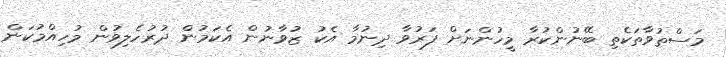
މަސްތުވާތަކެތި ބޭނުންކުރާ މީހުންނަށް ފަރުވާ ދިނުމާ އެކު ޒުވާނުން އެކަމުން ދުރުހެލިވުން މުހިއްމުކަން